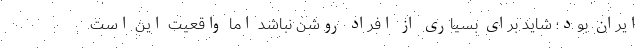
ایران بود؛ شاید برای بسیاری از افراد روشن نباشد اما واقعیت این است